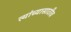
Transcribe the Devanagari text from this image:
त्यांच्यासाठीच